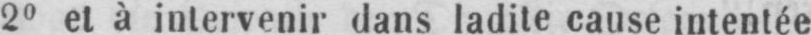
2o et à intervenir dans ladite cause intentée